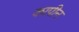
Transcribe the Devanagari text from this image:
कापीन